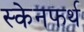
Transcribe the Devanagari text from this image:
स्केनफर्थ